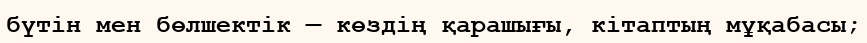
бүтін мен бөлшектік — көздің қарашығы, кітаптың мұқабасы;